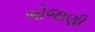
ભોજાણી